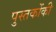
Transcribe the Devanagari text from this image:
पुस्‍तकोंकी